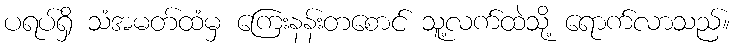
ပရပ်ရှိ သံအမတ်ထံမှ ကြေးနန်းတစောင် သူ့လက်ထဲသို့ ရောက်လာသည်။